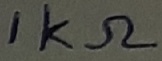
Text: 1KΩ